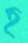
হ